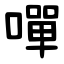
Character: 嘽